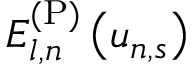
E _ { l , n } ^ { \mathrm { ( P ) } } \left( u _ { n , s } \right)